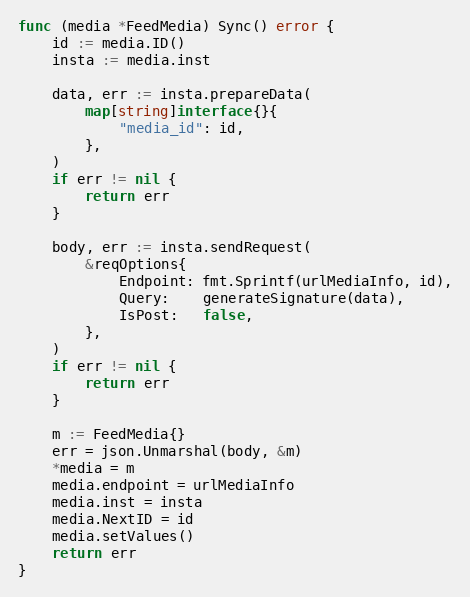
Language: Go
func (media *FeedMedia) Sync() error {
	id := media.ID()
	insta := media.inst

	data, err := insta.prepareData(
		map[string]interface{}{
			"media_id": id,
		},
	)
	if err != nil {
		return err
	}

	body, err := insta.sendRequest(
		&reqOptions{
			Endpoint: fmt.Sprintf(urlMediaInfo, id),
			Query:    generateSignature(data),
			IsPost:   false,
		},
	)
	if err != nil {
		return err
	}

	m := FeedMedia{}
	err = json.Unmarshal(body, &m)
	*media = m
	media.endpoint = urlMediaInfo
	media.inst = insta
	media.NextID = id
	media.setValues()
	return err
}